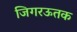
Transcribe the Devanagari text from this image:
जिगरऊतक